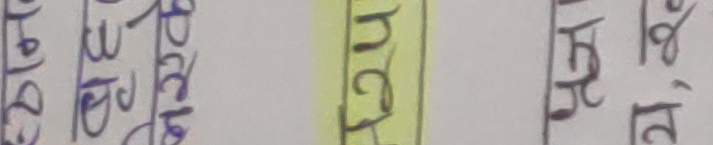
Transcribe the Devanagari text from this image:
ले दिनि